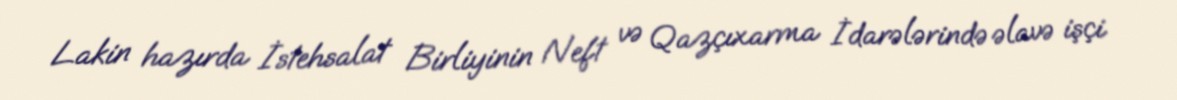
Lakin hazırda İstehsalat Birliyinin Neft və Qazçıxarma İdarələrində əlavə işçi